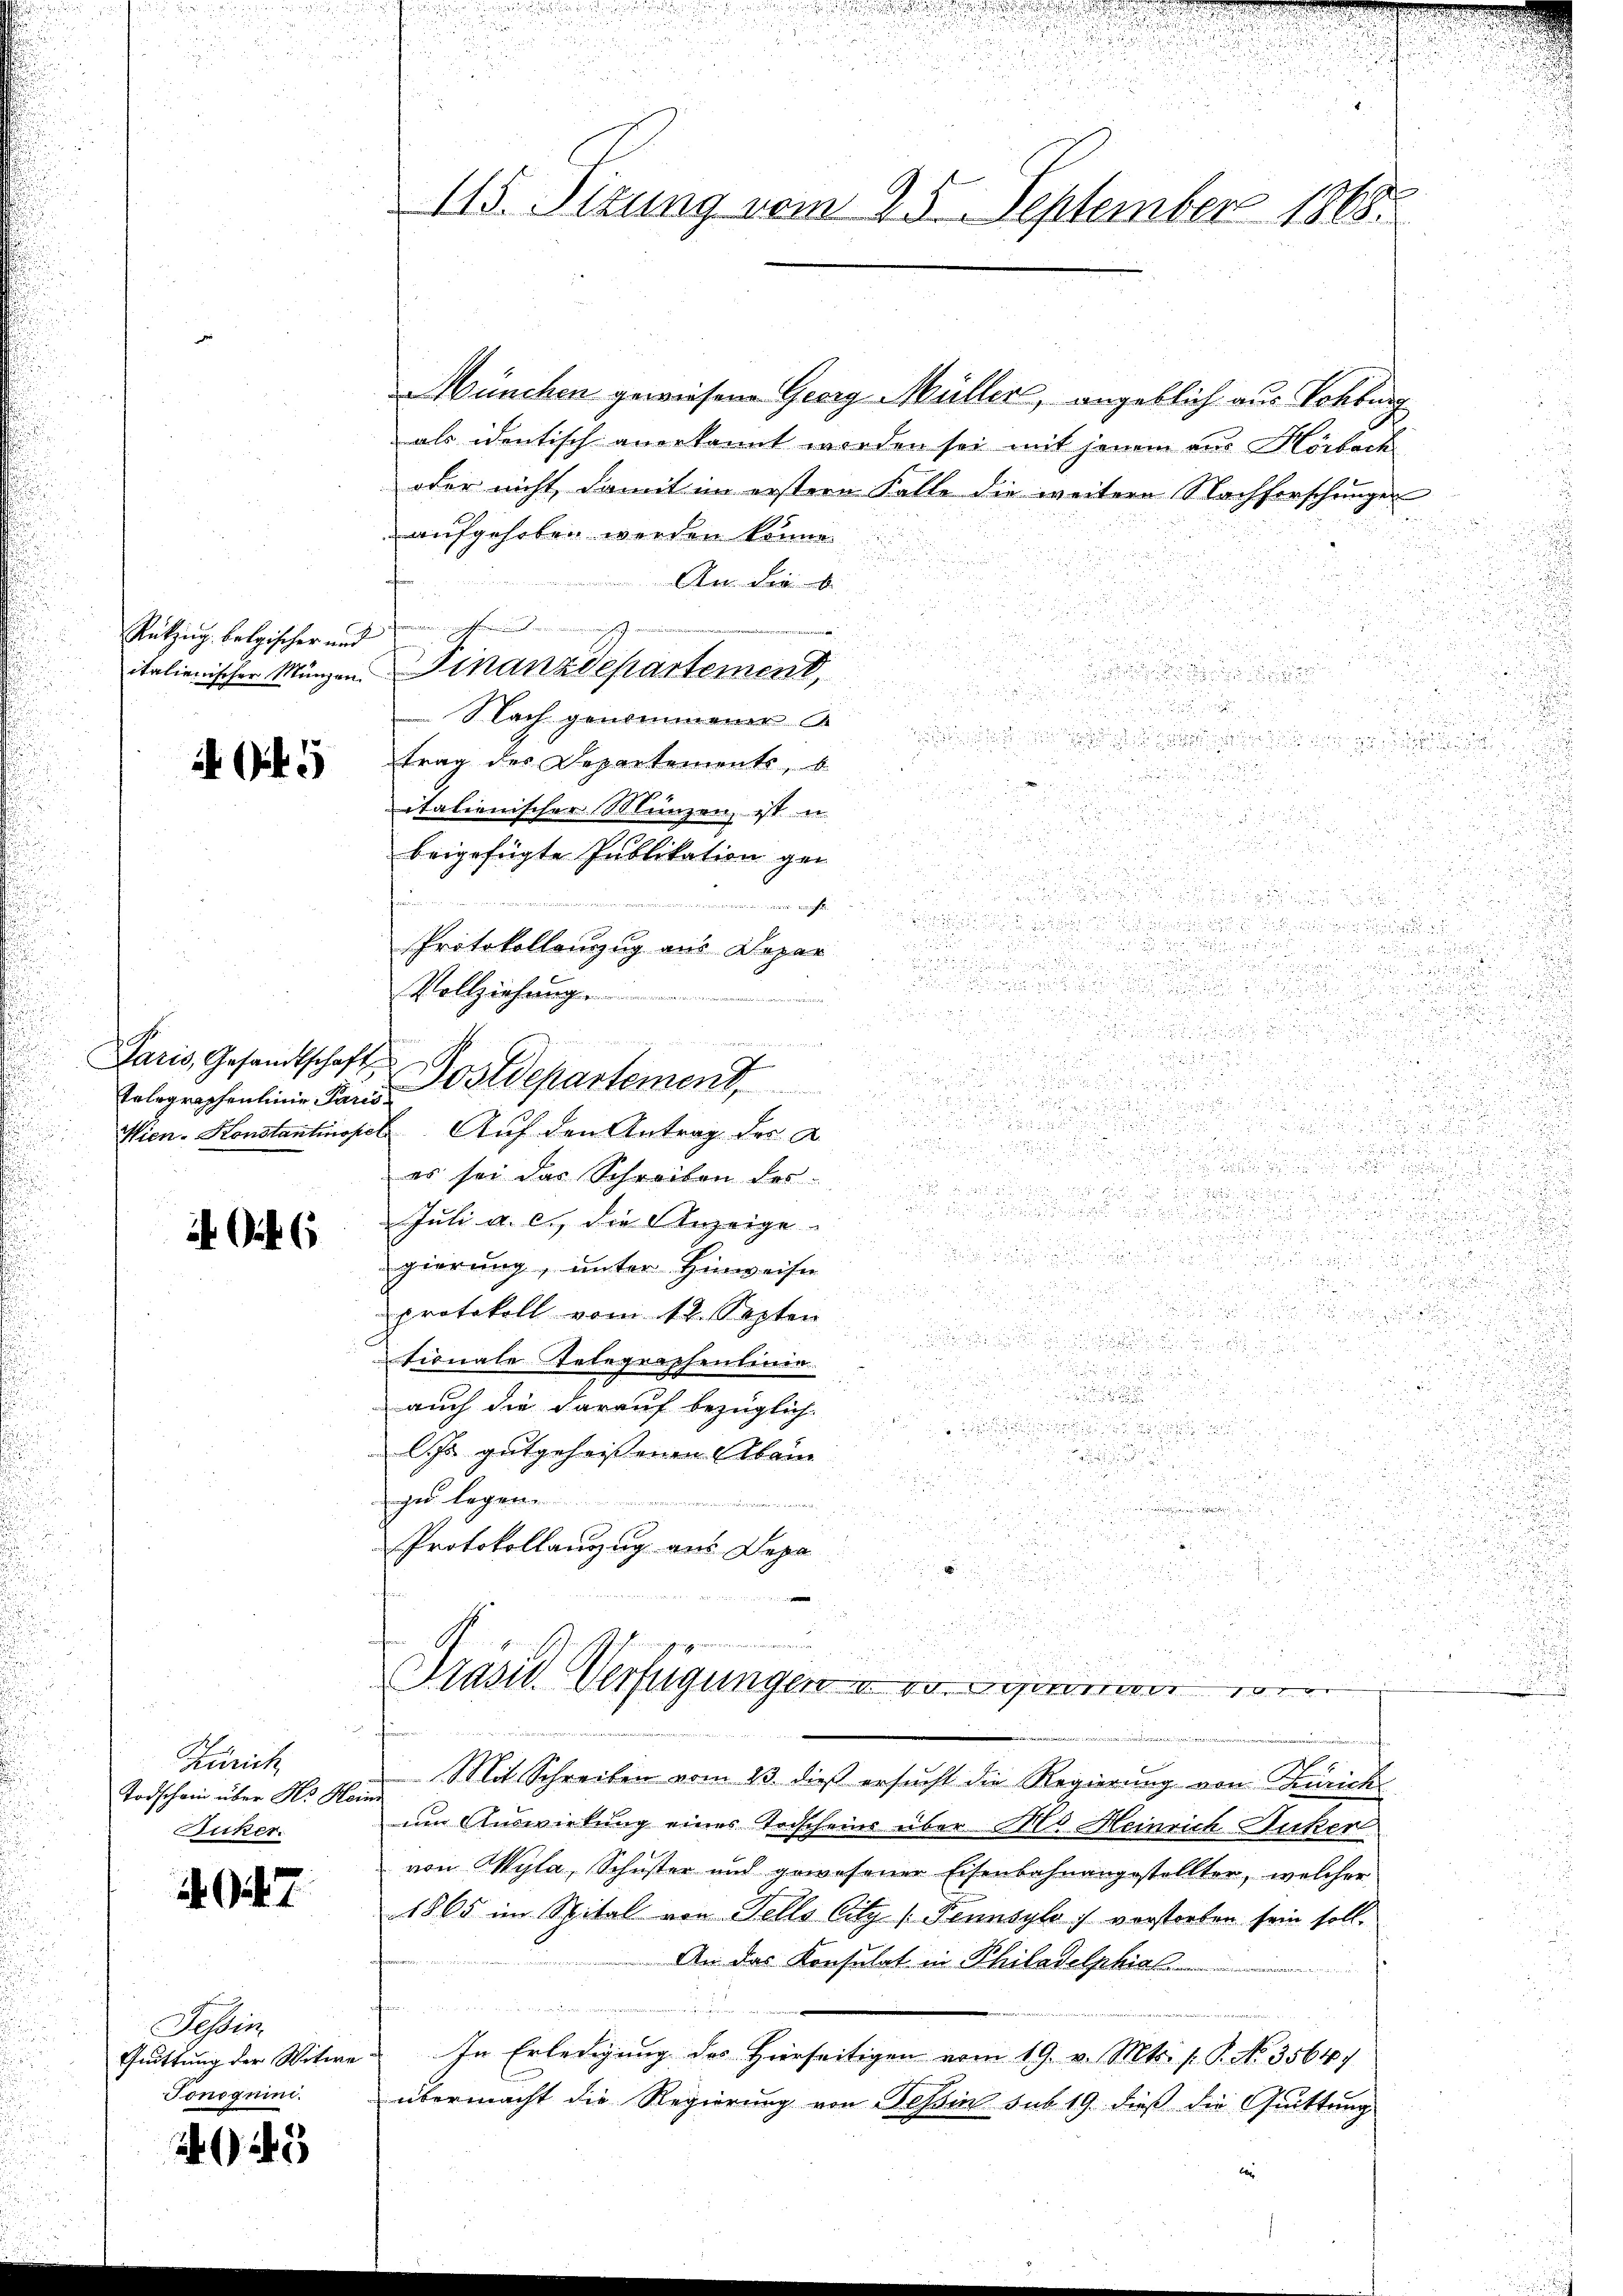
Rükzug belgischer und

5

Paris, Gesandtschaft

i Gut

u
d

u
185

115. Sizung vom 25. September 1865.

r
Wünchen gewiesene Georg Müller, angeblich aus Sohburg
als identisch anerkannt worden sei mit jenen aus Horbach
oder nicht, damit im erstern Falle die weitere Nachforschungen
aufgehoben werden könne.
r

An die b
a
5
italienischer Münzen. Finanzdepartement,

.

Nach genommener

trag des Departements, b
2

italienischer Münzen, ist u.

a

beigefügte Publikation ge

r
h
s
Protokollenzug aus Depar

Vollziehung
r

n

der Bege

Erlographenlinie Land Postdepartement,

und

Wien. Konstantinopel. Auf den Antrag der A.

.

es sei das Schreiben des

Juli a. c. die Anzeige

d

d
.

gierung, unter Hinweise
.

e
protokoll vom 12. Septen

.
tionale Telegressentinen
.

auch die darauf bezüglich
8

e
u
lJs gutgeheissenen Aben

s
d
.

.

zu legen
s

.

.
Protokollanzug aus Depa
e

n
 15

Brasil Vertigungen u. vorgenden ve
e
onmafen
x
Zürich
Mit Schreiben vom 13. dieß ersucht die Regierung von Zürich
Todschein über H. Heine
um Auswirkung eines Terscheins über M. Heinrich Zucker
Sicker.
von Wyla, Schuster und gewesener Eisenbahnangestellter, welcher
. 27
1865 im Mital von Fells Citz (Pennsyle :/ vorstorben sein soll.
An das Konsulat in Philadelphia

Tessin
Guittung der Witere. In Erledigung des Hierseitigen vom 19. v. Mts. f. P. No. 35647
Jonequi
übermacht die Regierung von Tessin sub 19. dieß die Quittung
23
ten

u

i in d

u

d
5

d